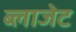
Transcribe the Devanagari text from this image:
ब्लाजेट